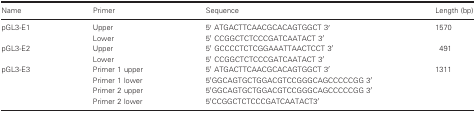
<table><thead><tr><td><b>Name</b></td><td><b>Primer</b></td><td><b>Sequence</b></td><td><b>Length (bp)</b></td></tr></thead><tbody><tr><td rowspan="2">pGL3‐E1</td><td>Upper</td><td>5′ ATGACTTCAACGCACAGTGGCT 3′</td><td rowspan="2">1570</td></tr><tr><td>Lower</td><td>5′ CCGGCTCTCCCGATCAATACT 3′</td></tr><tr><td rowspan="2">pGL3‐E2</td><td>Upper</td><td>5′ GCCCCTCTCGGAAATTAACTCCT 3′</td><td rowspan="2">491</td></tr><tr><td>Lower</td><td>5′ CCGGCTCTCCCGATCAATACT 3′</td></tr><tr><td rowspan="4">pGL3‐E3</td><td>Primer 1 upper</td><td>5′ ATGACTTCAACGCACAGTGGCT 3′</td><td rowspan="4">1311</td></tr><tr><td>Primer 1 lower</td><td>5′GGCAGTGCTGGACGTCCGGGCAGCCCCCGG 3′</td></tr><tr><td>Primer 2 upper</td><td>5′GGCAGTGCTGGACGTCCGGGCAGCCCCCGG 3′</td></tr><tr><td>Primer 2 lower</td><td>5′CCGGCTCTCCCGATCAATACT3′</td></tr></tbody></table>